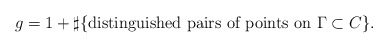
\begin{align*} g=1+\sharp\{\mbox{distinguished pairs of points on $\Gamma\subset C$}\}.\end{align*}